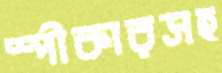
স্পীকারসহ